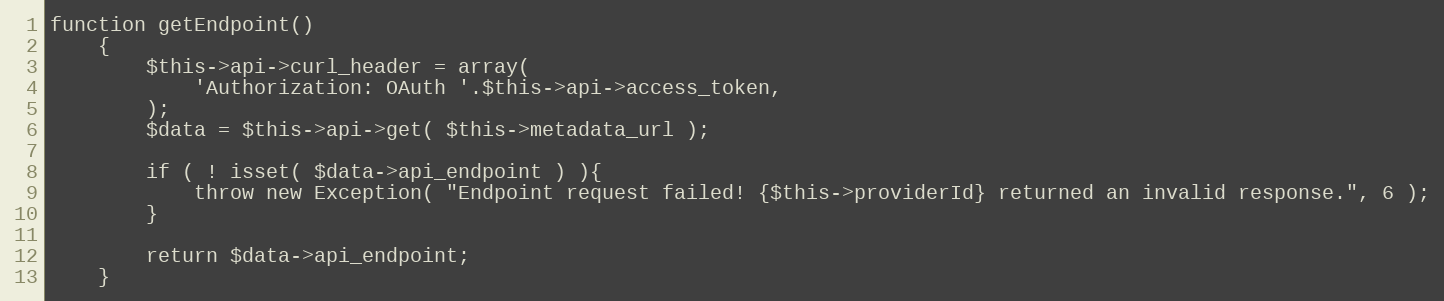
Language: PHP
function getEndpoint()
    {
        $this->api->curl_header = array(
            'Authorization: OAuth '.$this->api->access_token,
        );
        $data = $this->api->get( $this->metadata_url );

        if ( ! isset( $data->api_endpoint ) ){
            throw new Exception( "Endpoint request failed! {$this->providerId} returned an invalid response.", 6 );
        }

        return $data->api_endpoint;
    }